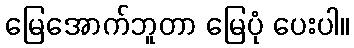
မြေအောက်ဘူတာ မြေပုံ ပေးပါ။